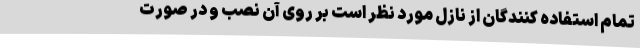
تمام استفاده کنندگان از نازل مورد نظر است بر روی آن نصب و در صورت